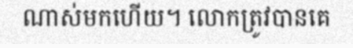
ណាស់មកហើយ។ លោកត្រូវបានគេ